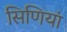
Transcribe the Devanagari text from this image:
सिणियां